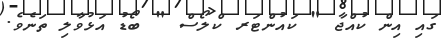
ގައި އިން ކުއްޖާ " ކައުންޓަރ ކްލޯސް " ބޯޑު އަޅުވާލި ތަނެވެ.